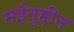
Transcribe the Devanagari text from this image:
मईनुद्दीन